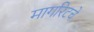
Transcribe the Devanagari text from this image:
मार्गारेटचे